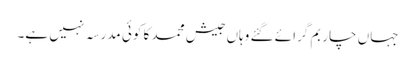
جہاں چار بم گرائے گئے وہاں جیش محمد کا کوئی مدرسہ نہیں ہے۔